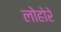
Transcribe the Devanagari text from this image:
लोहोरे